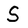
Character: S